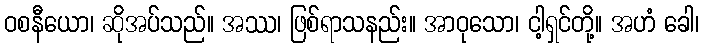
ဝစနီယော၊ ဆိုအပ်သည်။ အဿ၊ ဖြစ်ရာသနည်း။ အာဝုသော၊ ငါ့ရှင်တို့။ အဟံ ခေါ၊